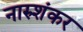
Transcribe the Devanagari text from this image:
नारुशंकर